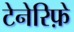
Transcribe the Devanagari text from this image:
टेनेरिफ़े